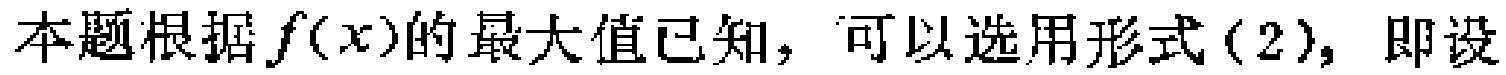
本题根据\(f(x)\)的最大值已知，可以选用形式\((2)\)，即设